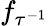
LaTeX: f_{{\tau}^{-1}}